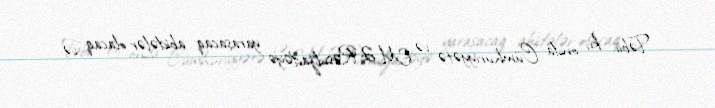
Təbii ki, onda Cümhuriyyətə və M.Ə.Rəsulzadəyə yaraşacaq abidələr olacaq və